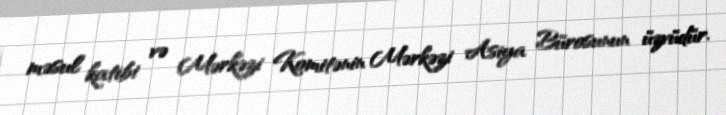
məsul katibi və Mərkəzi Komitənin Mərkəzi Asiya Bürosunun üzvüdür.